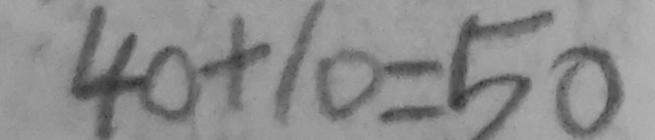
4 0 + 1 0 = 5 0